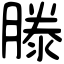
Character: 滕